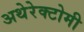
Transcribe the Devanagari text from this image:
अथेरेक्टोमी